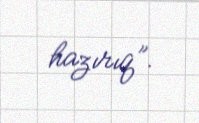
hazırıq”.